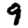
Digit: 9